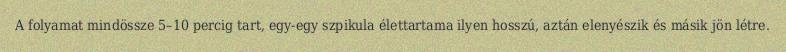
A folyamat mindössze 5–10 percig tart, egy-egy szpikula élettartama ilyen hosszú, aztán elenyészik és másik jön létre.